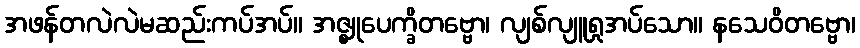
အဖန်တလဲလဲမဆည်းကပ်အပ်။ အဇ္ဈုပေက္ခိတဗ္ဗော၊ လျစ်လျူရှုအပ်သော။ နသေဝိတဗ္ဗော၊